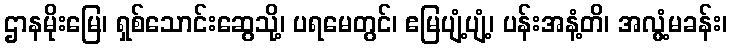
ဌာနမိုးမြေ၊ ရှစ်သောင်းဆွေသို့၊ ပရမေတွင်၊ ဧမြပျံ့ပျံ့၊ ပန်းအနံ့တိ၊ အလွံ့မခန်း၊